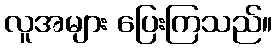
လူအများ ပြေးကြသည်။